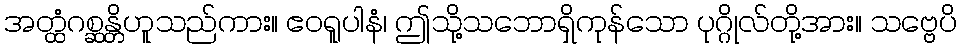
အတ္ထံဂစ္ဆန္တိဟူသည်ကား။ ဧဝရူပါနံ၊ ဤသို့သဘောရှိကုန်သော ပုဂ္ဂိုလ်တို့အား။ သဗ္ဗေပိ